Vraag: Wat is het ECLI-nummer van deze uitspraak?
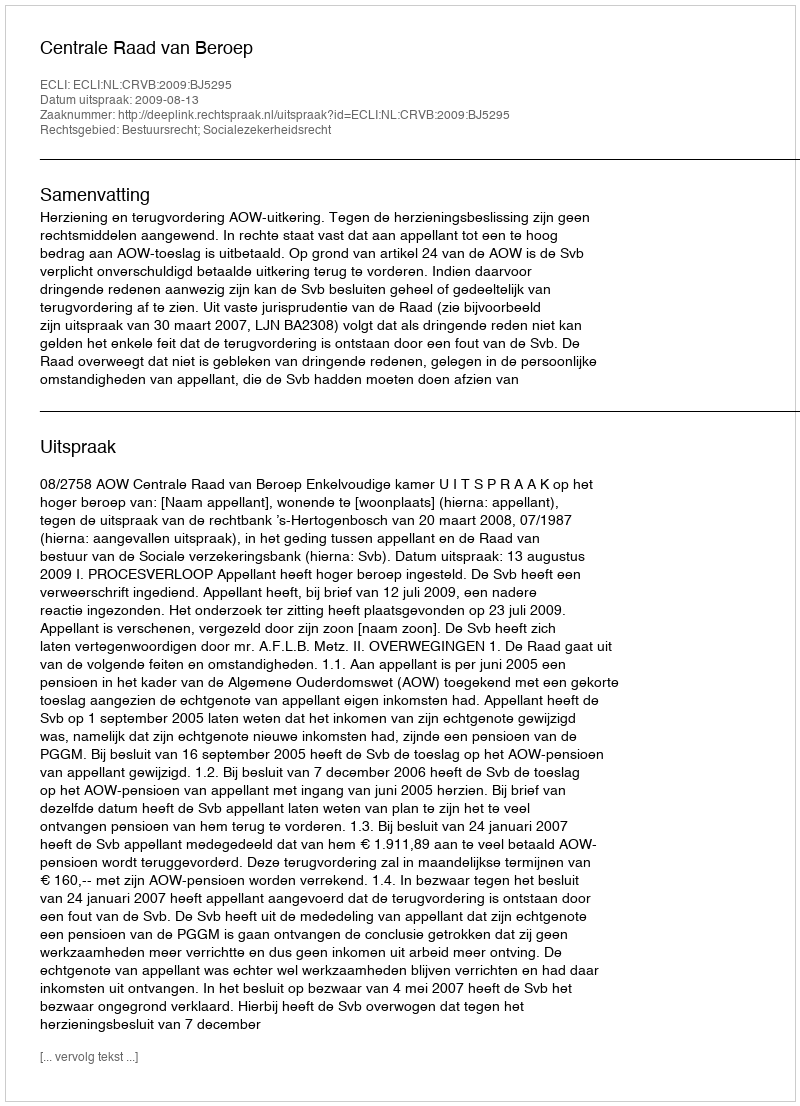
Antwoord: ECLI:NL:CRVB:2009:BJ5295